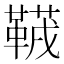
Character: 𱁻